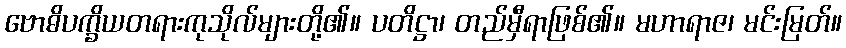
ဗောဓိပက္ခိယတရားကုသိုလ်များတို့၏။ ပတိဋ္ဌာ၊ တည်မှီရာဖြစ်၏။ မဟာရာဇ၊ မင်းမြတ်။